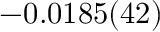
- 0 . 0 1 8 5 ( 4 2 )